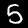
Label: 5